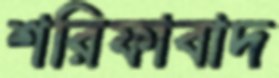
শরিফাবাদ